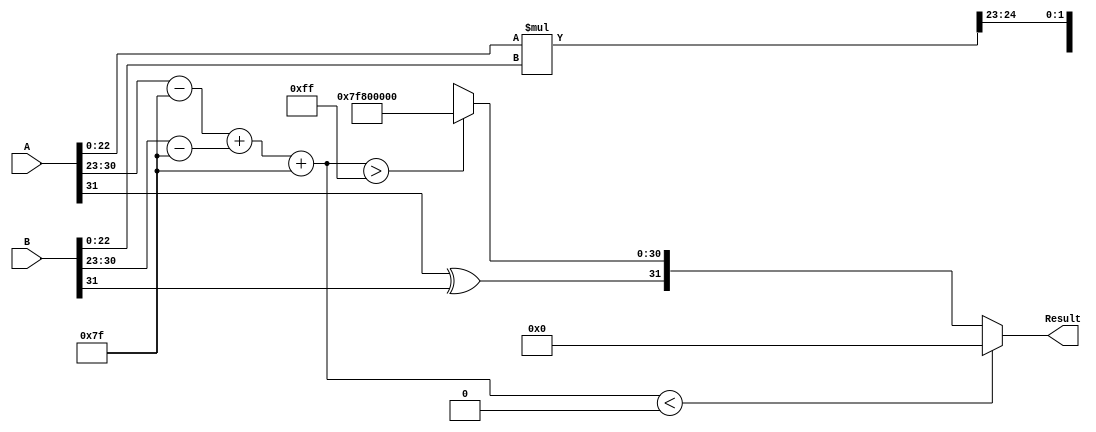
module floating_point_multiplier (
    input  wire [31:0] A, // First floating-point number
    input  wire [31:0] B, // Second floating-point number
    output reg  [31:0] Result // Resulting floating-point number
);

    // Constants
    localparam BIAS = 8'd127;
    localparam EXPONENT_BITS = 8;
    localparam MANTISSA_BITS = 23;

    // Intermediate signals
    wire signA, signB;
    wire [EXPONENT_BITS-1:0] expA, expB;
    wire [MANTISSA_BITS-1:0] mantA, mantB;
    wire [MANTISSA_BITS+1:0] mantProduct; // 23 + 23 + 1 for implicit leading 1
    reg [EXPONENT_BITS-1:0] expResult;
    reg signResult;
    reg [MANTISSA_BITS-1:0] mantResult;
    reg [EXPONENT_BITS-1:0] expTemp;

    // Extract sign, exponent, and mantissa
    assign signA = A[31];
    assign expA = A[30:23] - BIAS; // Unbiased exponent
    assign mantA = {1'b1, A[22:0]}; // Implicit leading 1 for normalized numbers

    assign signB = B[31];
    assign expB = B[30:23] - BIAS; // Unbiased exponent
    assign mantB = {1'b1, B[22:0]}; // Implicit leading 1 for normalized numbers

    // Calculate sign of the result
    always @(*) begin
        signResult = signA ^ signB; // XOR for sign
    end

    // Calculate mantissa product
    assign mantProduct = mantA * mantB; // 24 bits result

    // Calculate exponent
    always @(*) begin
        expTemp = expA + expB + BIAS; // Add exponents and re-bias
        if (mantProduct[47]) begin // Check for normalization
            mantResult = mantProduct[46:24]; // Shift right
            expTemp = expTemp + 1; // Increment exponent
        end else begin
            mantResult = mantProduct[45:23]; // Take the 23 bits
        end
    end

    // Handle special cases
    always @(*) begin
        if (expTemp < 0) begin
            // Underflow case (result is zero)
            Result = 32'b0;
        end else if (expTemp > 255) begin
            // Overflow case (result is infinity)
            Result = {signResult, 8'b11111111, 23'b0}; // Infinity
        end else begin
            // Normal case
            Result = {signResult, expTemp[7:0], mantResult};
        end
    end

endmodule